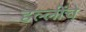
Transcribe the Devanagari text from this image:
हल्लींचे